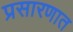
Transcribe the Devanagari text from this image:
प्रसारणात